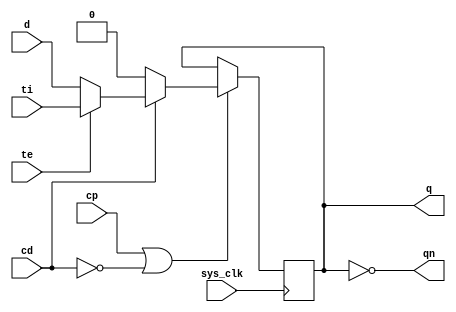
module fd2e
(
	output	q,
	output	qn,
	input		d,
	input		cp,
	input		cd,
	input		ti,
	input		te,
	input		sys_clk
);

reg	fd_data = 1'b0;

assign q = fd_data;
assign qn = ~fd_data;

// always @(posedge cp or negedge cd)
always @(posedge sys_clk)
begin
	if (cp | (~cd)) begin
		if (~cd) begin
			fd_data <= 1'b0;
		end else begin
			if (~te) begin
				fd_data <= d;
			end else begin
				fd_data <= ti;
			end
		end
	end
end

endmodule